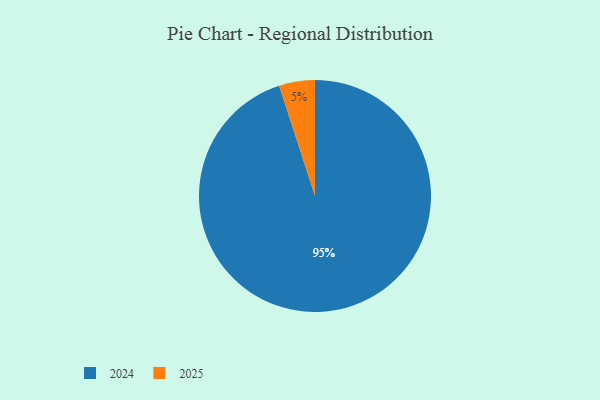
{"axis": {"x": "Category", "y": "Percentage"}, "legend": ["2024", "2025"], "data": [{"x": "2025", "y": 5, "type": "2025"}, {"x": "2024", "y": 95, "type": "2024"}]}